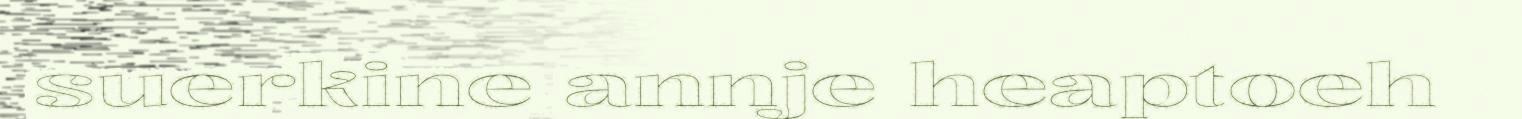
suerkine annje heaptoeh